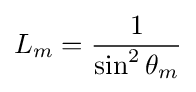
L_{m}={\frac {1}{\sin ^{2}\theta _{m}}}